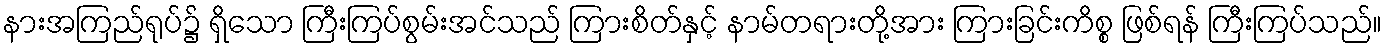
နားအကြည်ရုပ်၌ ရှိသော ကြီးကြပ်စွမ်းအင်သည် ကြားစိတ်နှင့် နာမ်တရားတို့အား ကြားခြင်းကိစ္စ ဖြစ်ရန် ကြီးကြပ်သည်။